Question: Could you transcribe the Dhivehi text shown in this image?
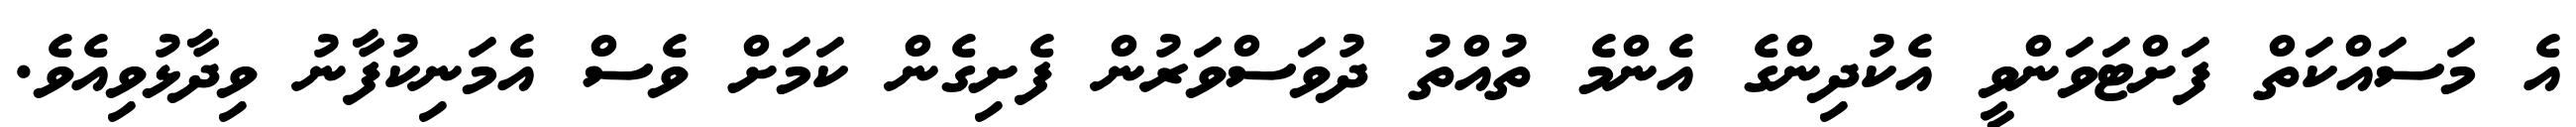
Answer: އެ މަސައްކަތް ފަށްޓަވަންވީ އެކުދިންގެ އެންމެ ތުއްތު ދުވަސްވަރުން ފެށިގެން ކަމަށް ވެސް އެމަނިކުފާނު ވިދާޅުވިއެވެ.